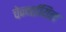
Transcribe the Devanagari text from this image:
चेन्नईयिल